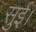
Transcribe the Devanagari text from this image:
सुई।